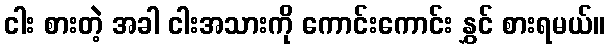
ငါး စားတဲ့ အခါ ငါးအသားကို ကောင်းကောင်း နွှင် စားရမယ်။